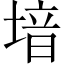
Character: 堷